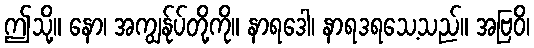
ဤသို့။ နော၊ အကျွန်ုပ်တို့ကို။ နာရဒေါ၊ နာရဒရသေ့သည်။ အဗြဝိ၊